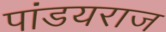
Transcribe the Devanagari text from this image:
पांडयराज